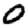
Digit: 0